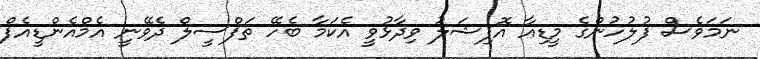
ނަމަވެސް ފުލުހުންގެ މީޑިއާ އޮފިޝަލު ވިދާޅުވީ އެކަމާ ބެހޭ ތަފްސީލް ދެވޭނީ އެމްއެންޑީއެފް